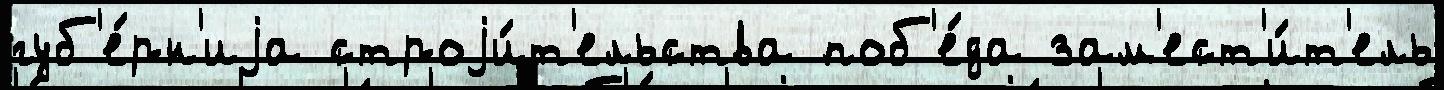
губ'е́рн'иjа строjи́т'ельства поб'е́да зам'ест'и́т'ель